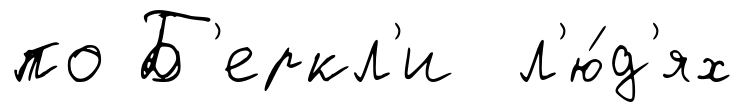
по Б'еркл'и л'ю́д'ях